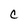
Character: c